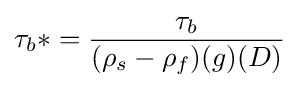
\tau _{b}*={\frac {\tau _{b}}{(\rho _{s}-\rho _{f})(g)(D)}}